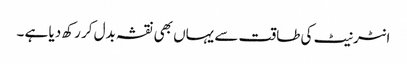
انٹرنیٹ کی طاقت سے یہاں بھی نقشہ بدل کر رکھ دیا ہے ۔